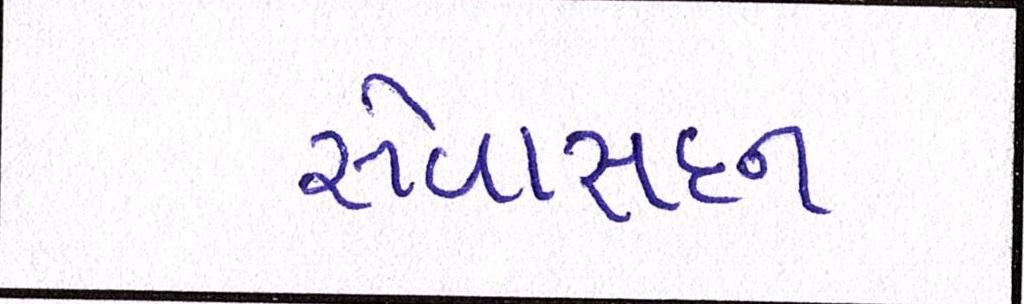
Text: સેવાસદન